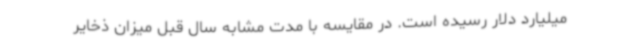
میلیارد دلار رسیده است. در مقایسه با مدت مشابه سال قبل میزان ذخایر